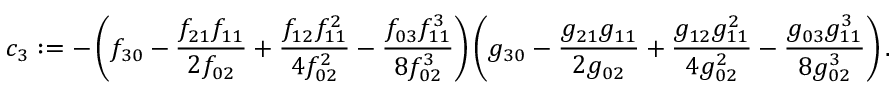
c _ { 3 } : = - \left( f _ { 3 0 } - \frac { f _ { 2 1 } f _ { 1 1 } } { 2 f _ { 0 2 } } + \frac { f _ { 1 2 } f _ { 1 1 } ^ { 2 } } { 4 f _ { 0 2 } ^ { 2 } } - \frac { f _ { 0 3 } f _ { 1 1 } ^ { 3 } } { 8 f _ { 0 2 } ^ { 3 } } \right) \left( g _ { 3 0 } - \frac { g _ { 2 1 } g _ { 1 1 } } { 2 g _ { 0 2 } } + \frac { g _ { 1 2 } g _ { 1 1 } ^ { 2 } } { 4 g _ { 0 2 } ^ { 2 } } - \frac { g _ { 0 3 } g _ { 1 1 } ^ { 3 } } { 8 g _ { 0 2 } ^ { 3 } } \right) .